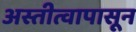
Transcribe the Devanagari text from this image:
अस्तीत्वापासून